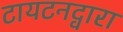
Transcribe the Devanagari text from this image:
टायटनद्वारा